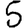
Digit: 5